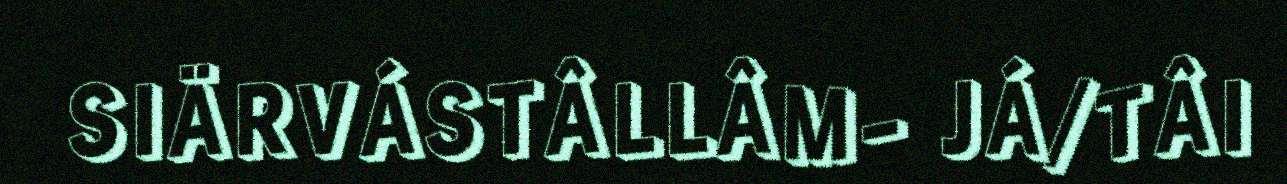
SIÄRVÁSTÂLLÂM- JÁ/TÂI